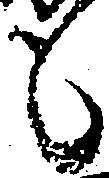
も